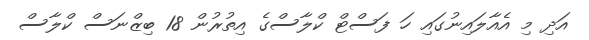
އަދި މި އެއާލައިނުގައި ހަ ފަސްޓް ކްލާސްގެ އިތުރުން 18 ބިޒްނަސް ކްލާސް